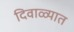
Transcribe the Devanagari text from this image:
दिवाळ्यात